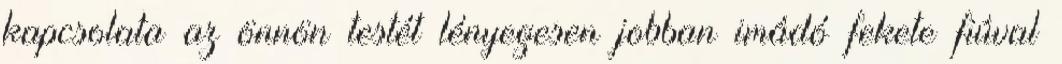
kapcsolata az önnön testét lényegesen jobban imádó fekete fiúval